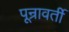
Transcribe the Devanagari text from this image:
पून्रावर्ती